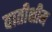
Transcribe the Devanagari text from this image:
वातीक्षीम